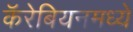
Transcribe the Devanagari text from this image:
कॅरेबियनमध्ये